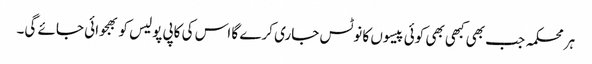
ہر محکمہ جب بھی کبھی بھی کوئی پیسوں کا نوٹس جاری کرے گا اس کی کاپی پولیس کو بھجوائی جائے گی۔